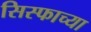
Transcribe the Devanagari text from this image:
सिस्फाच्या